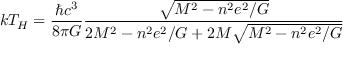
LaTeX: k T _ { H } = \frac { \hbar c ^ { 3 } } { 8 \pi G } \frac { \sqrt { M ^ { 2 } - n ^ { 2 } e ^ { 2 } / G } } { 2 M ^ { 2 } - n ^ { 2 } e ^ { 2 } / G + 2 M \sqrt { M ^ { 2 } - n ^ { 2 } e ^ { 2 } / G } }